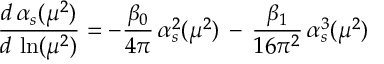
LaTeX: \frac { d \, \alpha _ { s } ( \mu ^ { 2 } ) } { d \, \ln ( \mu ^ { 2 } ) } = - \frac { \beta _ { 0 } } { 4 \pi } \, \alpha _ { s } ^ { 2 } ( \mu ^ { 2 } ) \, - \, \frac { \beta _ { 1 } } { 1 6 \pi ^ { 2 } } \, \alpha _ { s } ^ { 3 } ( \mu ^ { 2 } )